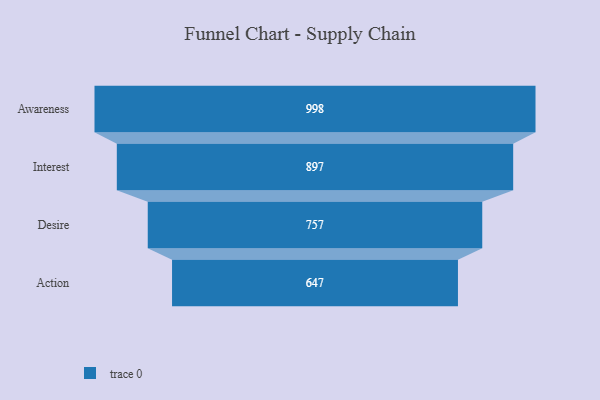
{"axis": {"x": "Stage", "y": "Value"}, "legend": [""], "data": [{"x": "Awareness", "y": 998.0, "type": ""}, {"x": "Interest", "y": 897.0, "type": ""}, {"x": "Desire", "y": 757.0, "type": ""}, {"x": "Action", "y": 647.0, "type": ""}]}